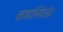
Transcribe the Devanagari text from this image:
कायटोनियेलीज़